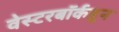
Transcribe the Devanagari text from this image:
वेस्टरबॉर्कहून